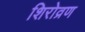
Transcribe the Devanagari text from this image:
शिरोव्रण